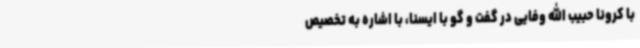
با کرونا حبیب الله وفایی در گفت و گو با ایسنا، با اشاره به تخصیص